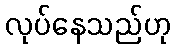
လုပ်နေသည်ဟု